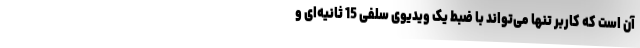
آن است که کاربر تنها می‌تواند با ضبط یک ویدیوی سلفی 15 ثانیه‌ای و